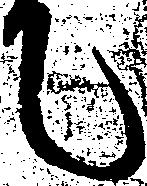
に